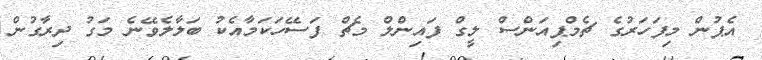
އެޕުން މިފަހަރުގެ ޗެމްޕިއަންސް ލީގް ފައިންލް މެޗް ފަސޭހަކަމާއެކު ބަލާލެވޭނެ މަގު ދިރާގުން